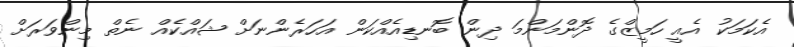
އެކަމަކު އެއީ ހަމީޒްގެ ދޮންމަންމަ ދިން ބޮނޑިއެއްކަން އަހަރެންނަށް ޝައްކެއް ނެތް މިންވަރަށް